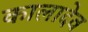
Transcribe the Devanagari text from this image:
कालादेव